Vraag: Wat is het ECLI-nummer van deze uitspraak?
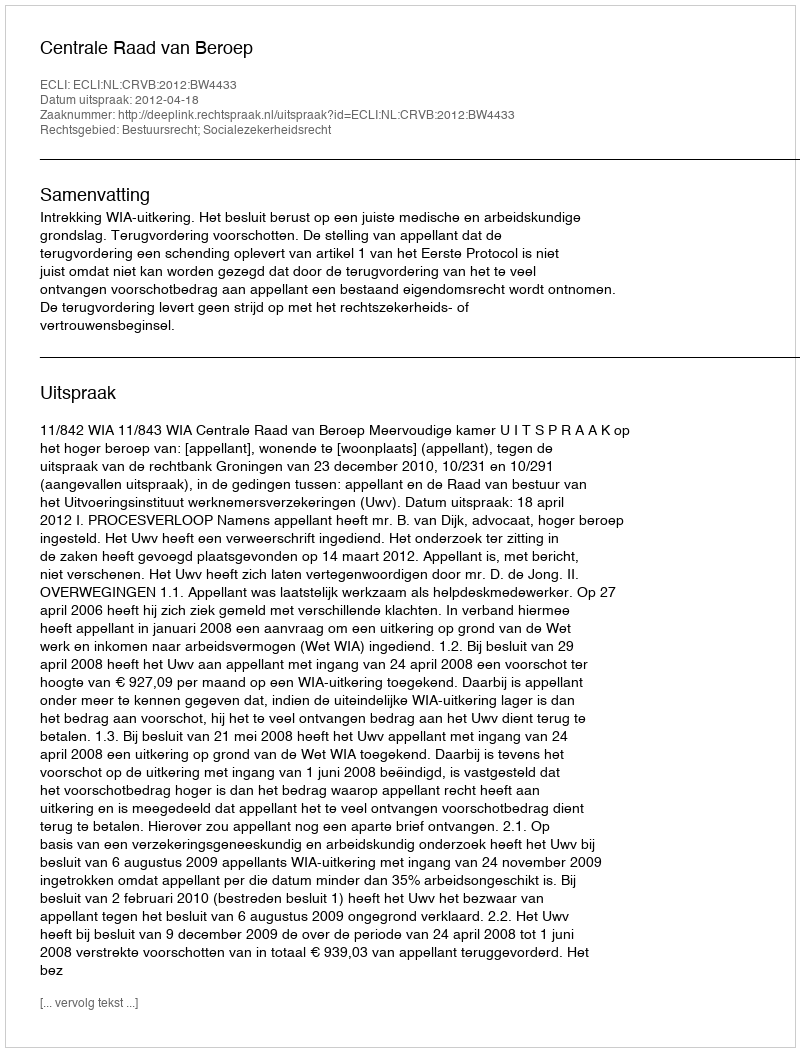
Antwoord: ECLI:NL:CRVB:2012:BW4433